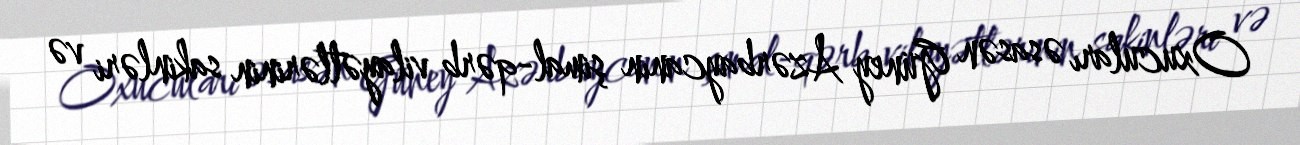
Oxucuları əsasən Güney Azərbaycanın şimal-qərb vilayətlərinin sakinləri və